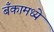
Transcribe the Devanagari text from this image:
बँकामध्ये